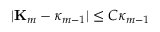
| \mathbf { K } _ { m } - \kappa _ { m - 1 } | \leq C \kappa _ { m - 1 }